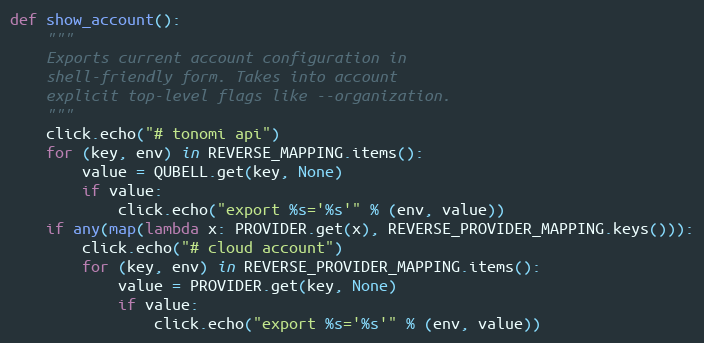
Language: Python
def show_account():
    """
    Exports current account configuration in
    shell-friendly form. Takes into account
    explicit top-level flags like --organization.
    """
    click.echo("# tonomi api")
    for (key, env) in REVERSE_MAPPING.items():
        value = QUBELL.get(key, None)
        if value:
            click.echo("export %s='%s'" % (env, value))
    if any(map(lambda x: PROVIDER.get(x), REVERSE_PROVIDER_MAPPING.keys())):
        click.echo("# cloud account")
        for (key, env) in REVERSE_PROVIDER_MAPPING.items():
            value = PROVIDER.get(key, None)
            if value:
                click.echo("export %s='%s'" % (env, value))